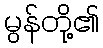
မွန်တို့၏